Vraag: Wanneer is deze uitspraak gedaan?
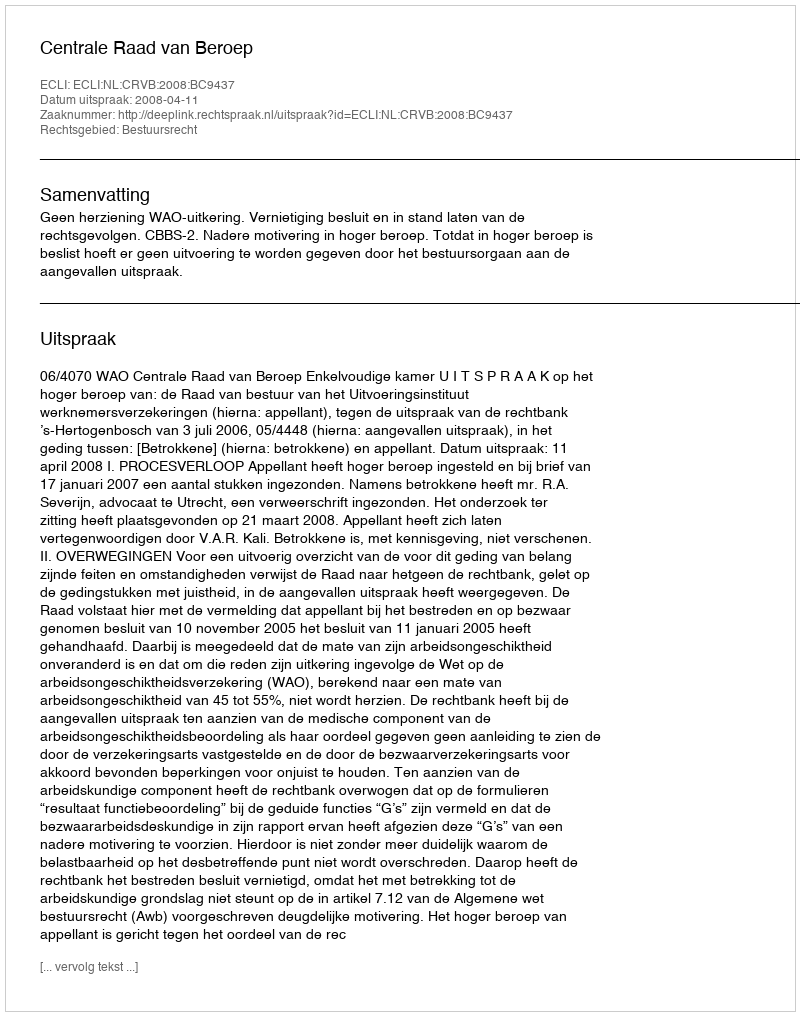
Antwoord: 2008-04-11